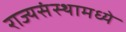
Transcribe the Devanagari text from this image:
राज्यसंस्थामध्ये